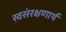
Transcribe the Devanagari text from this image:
स्वसंरक्षणार्थ